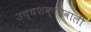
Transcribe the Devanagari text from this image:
उच्चशक्तिवाली